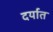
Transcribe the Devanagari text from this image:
दर्यात